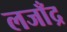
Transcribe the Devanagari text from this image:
लजाँद्र